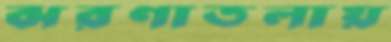
ঝরণাতলায়